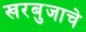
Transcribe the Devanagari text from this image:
खरबुजाचे